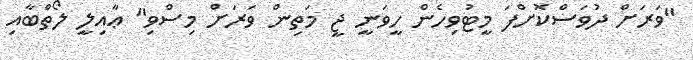
"ވަރަށް ދުވަސްކޮށްފަ މީޓުވިހެން ހީވަނީ ޖީ މަތިން ވަރަށް މިސްވި" ޢާއިލީ ލޯތްބާއި